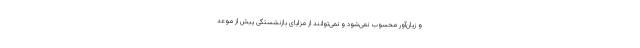
و زیان‌آور محسوب نمی‌شود و نمی‌توانند از مزایای بازنشستگی پیش از موعد